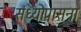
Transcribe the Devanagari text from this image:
संध्योपासना